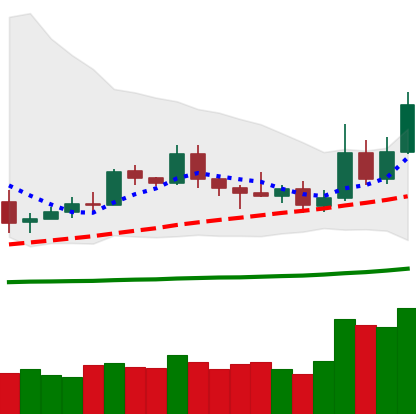
Ticker: ETC-USD
Chart end date: 2019-05-14
Forward return: 19.653%
Label: up_7plus